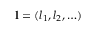
\mathbf { l } = ( l _ { 1 } , l _ { 2 } , \ldots )